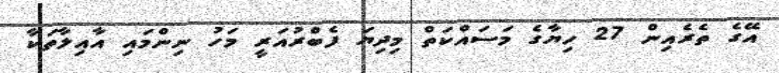
އޭގެ ތެރެއިން 27 ހިޔާގެ މަސައްކަތް މިދިޔަ ފެބްރުއަރީ މަހު ނިންމައި އާއިލާތަކާ